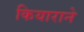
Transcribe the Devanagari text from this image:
कियाराने